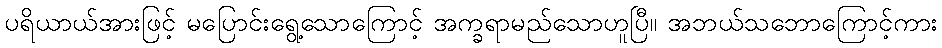
ပရိယာယ်အားဖြင့် မပြောင်းရွေ့သောကြောင့် အက္ခရာမည်သောဟူပြီ။ အဘယ်သဘောကြောင့်ကား